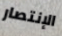
الإنتصار